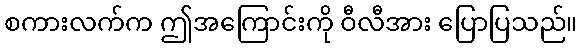
စကားလက်က ဤအကြောင်းကို ဝီလီအား ပြောပြသည်။